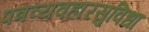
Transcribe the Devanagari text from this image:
पत्रव्यवहारसुविधा